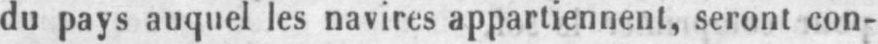
du pays auquel les navires appartiennent, seront con-